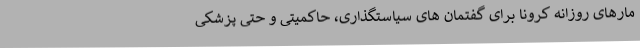
مارهای روزانه کرونا برای گفتمان های سیاستگذاری، حاکمیتی و حتی پزشکی